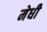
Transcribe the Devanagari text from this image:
मेधी